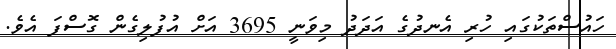
ހައުސްތަކުގައި ހުރި އެނދުގެ އަދަދު މިވަނީ 3695 އަށް އުފުލިގެން ގޮސްފަ އެވެ.